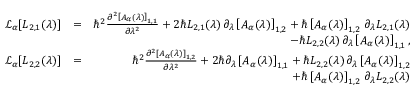
\begin{array} { r l r } { \mathcal { L } _ { \boldsymbol { \alpha } } [ L _ { 2 , 1 } ( \lambda ) ] } & { = } & { \hbar ^ { 2 } \frac { \partial ^ { 2 } \left[ A _ { \boldsymbol { \alpha } } ( \lambda ) \right] _ { 1 , 1 } } { \partial \lambda ^ { 2 } } + 2 \hbar L _ { 2 , 1 } ( \lambda ) \, \partial _ { \lambda } \left[ A _ { \boldsymbol { \alpha } } ( \lambda ) \right] _ { 1 , 2 } + \hbar \left[ A _ { \boldsymbol { \alpha } } ( \lambda ) \right] _ { 1 , 2 } \, \partial _ { \lambda } L _ { 2 , 1 } ( \lambda ) } \\ & { } & { - \hbar L _ { 2 , 2 } ( \lambda ) \, \partial _ { \lambda } \left[ A _ { \boldsymbol { \alpha } } ( \lambda ) \right] _ { 1 , 1 } , } \\ { \mathcal { L } _ { \boldsymbol { \alpha } } [ L _ { 2 , 2 } ( \lambda ) ] } & { = } & { \hbar ^ { 2 } \frac { \partial ^ { 2 } \left[ A _ { \boldsymbol { \alpha } } ( \lambda ) \right] _ { 1 , 2 } } { \partial \lambda ^ { 2 } } + 2 \hbar \partial _ { \lambda } \left[ A _ { \boldsymbol { \alpha } } ( \lambda ) \right] _ { 1 , 1 } + \hbar L _ { 2 , 2 } ( \lambda ) \, \partial _ { \lambda } \left[ A _ { \boldsymbol { \alpha } } ( \lambda ) \right] _ { 1 , 2 } } \\ & { } & { + \hbar \left[ A _ { \boldsymbol { \alpha } } ( \lambda ) \right] _ { 1 , 2 } \, \partial _ { \lambda } L _ { 2 , 2 } ( \lambda ) } \end{array}